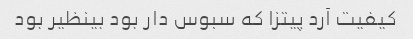
کیفیت آرد پیتزا که سبوس دار بود بینظیر بود